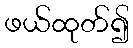
ဖယ်ထုတ်၍